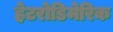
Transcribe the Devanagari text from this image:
हेटरोडिमेरिक